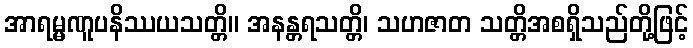
အာရမ္မဏူပနိဿယသတ္တိ။ အနန္တရသတ္တိ၊ သဟဇာတ သတ္တိအစရှိသည်တို့ဖြင့်